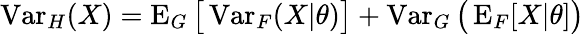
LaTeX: \operatorname{Var}_{H}(X)=\operatorname{E}_{G}{\bigl[}\operatorname{Var}_{F}(X|\theta){\bigr]}+\operatorname{Var}_{G}{\bigl(}\operatorname{E}_{F}[X|\theta]{\bigr)}